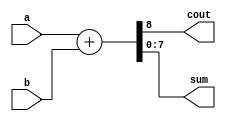
`timescale 1ns / 1ps

module adder(cout,sum,a,b);

parameter WIDTH=8;
output cout;
output [WIDTH-1:0] sum;
input [WIDTH-1:0] a,b;

assign {cout,sum} = a+b;

endmodule